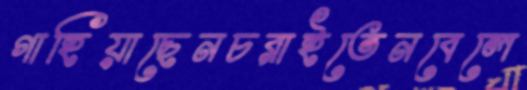
গাহিয়াছেনচরাইতেনবেলে